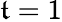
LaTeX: \mathfrak{t}=1